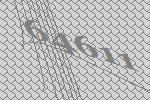
64611